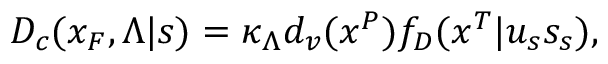
D _ { c } ( x _ { F } , \Lambda | s ) = \kappa _ { \Lambda } d _ { v } ( x ^ { P } ) f _ { D } ( x ^ { T } | u _ { s } s _ { s } ) ,